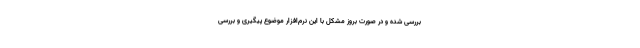
بررسی شده و در صورت بروز مشکل با این نرم‌افزار موضوع پیگیری و بررسی